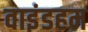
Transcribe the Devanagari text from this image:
वाइंडहम